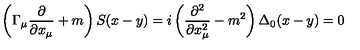
\left( \Gamma _ { \mu } \frac \partial { \partial x _ { \mu } } + m \right) S ( x - y ) = i \left( \frac { \partial ^ { 2 } } { \partial x _ { \mu } ^ { 2 } } - m ^ { 2 } \right) \Delta _ { 0 } ( x - y ) = 0